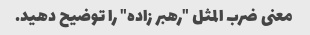
معنی ضرب المثل "رهبر زاده" را توضیح دهید.